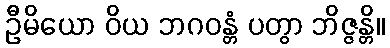
ဦမိယော ဝိယ ဘဂဝန္တံ ပတွာ ဘိဇ္ဇန္တိ။